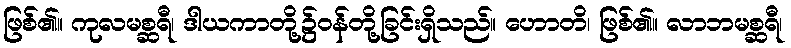
ဖြစ်၏။ ကုလမစ္ဆရီ၊ ဒါယကာတို့၌ဝန်တို့ခြင်းရှိသည်။ ဟောတိ၊ ဖြစ်၏။ လာဘမစ္ဆရီ၊